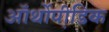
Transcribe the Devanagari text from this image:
ऑर्थोपी़डिक